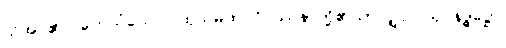
သိအပ်၏။ တေသံယေဝ၊ ထိုသမထ ဝိပဿနာတို့၏သာလျှင်။ ယုဂနဒ္ဓဋ္ဌော၊